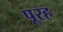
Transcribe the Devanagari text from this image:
पूरह